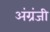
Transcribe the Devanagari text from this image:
अंग्रंजी